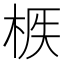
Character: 𣒟